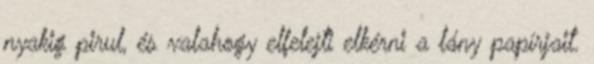
nyakig pirul, és valahogy elfelejti elkérni a lány papírjait.